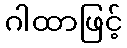
ဂါထာဖြင့်